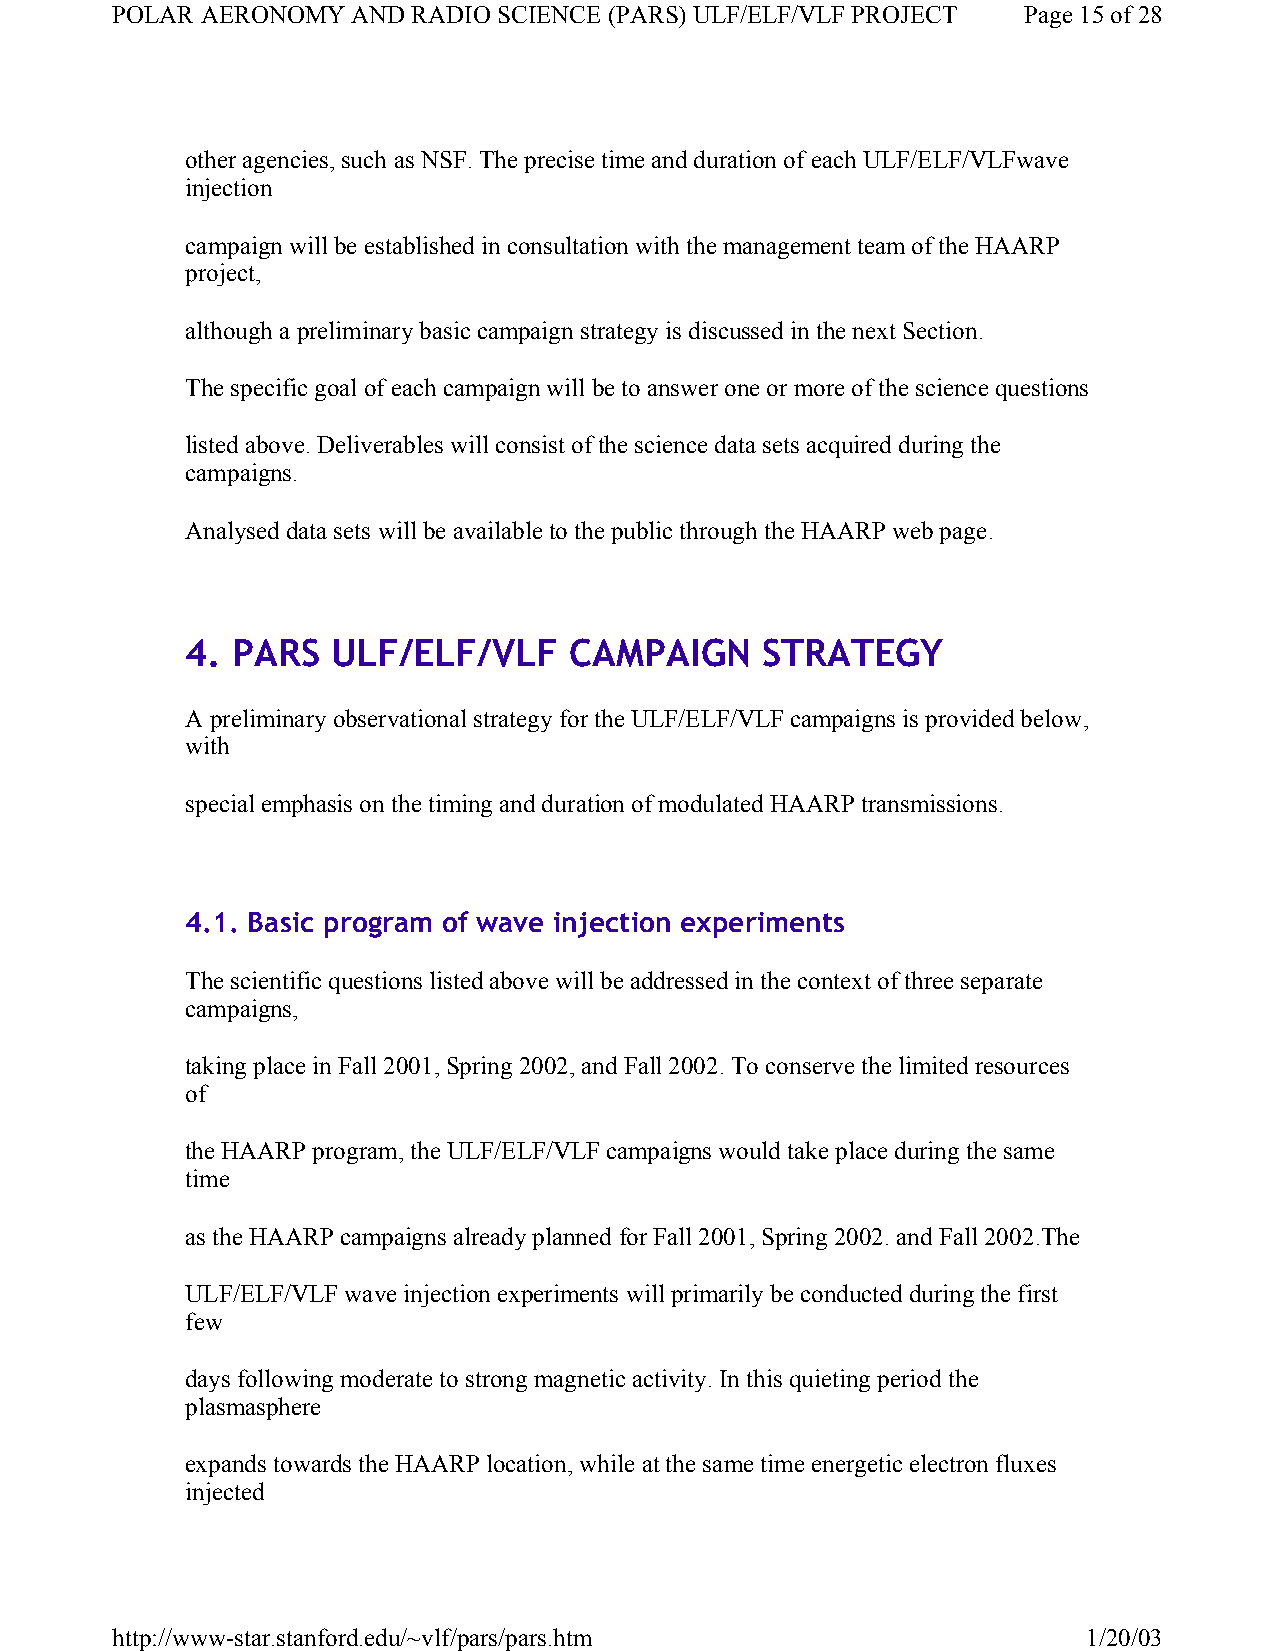
POLAR AERONOMY  AND RADIO SCIENCE (PARS) ULF/ELF/VLF PROJECT Page 15 of 28
 other agencies, such as NSF. The precise time and duration of each ULF/ELF/VLFwave
 injection
 campaign will be established in consultation with the management team of the HAARP
 project,
 although a preliminary basic campaign strategy is discussed in the next Section.
 The specific goal of each campaign will be to answer one or more of the science questions
 listed above. Deliverables will consist of the science data sets acquired during the
 campaigns.
 Analysed data sets will be available to the public through the HAARP web page.
 4. PARS   ULF/ELF/VLF     CAMPAIGN    STRATEGY
 A preliminary observational strategy for the ULF/ELF/VLF campaigns is provided below,
 with
 special emphasis on the timing and duration of modulated HAARP transmissions.
 4.1. Basic program of wave injection experiments
 The scientific questions listed above will be addressed in the context of three separate
 campaigns,
 taking place in Fall 2001, Spring 2002, and Fall 2002. To conserve the limited resources
 of
 the HAARP program, the ULF/ELF/VLF campaigns would take place during the same
 time
 as the HAARP campaigns already planned for Fall 2001, Spring 2002. and Fall 2002.The
 ULF/ELF/VLF wave injection experiments will primarily be conducted during the first
 few
 days following moderate to strong magnetic activity. In this quieting period the
 plasmasphere
 expands towards the HAARP location, while at the same time energetic electron fluxes
 injected
 http://www-star.stanford.edu/~vlf/pars/pars.htm                  1/20/03